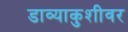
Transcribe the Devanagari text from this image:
डाव्याकुशीवर